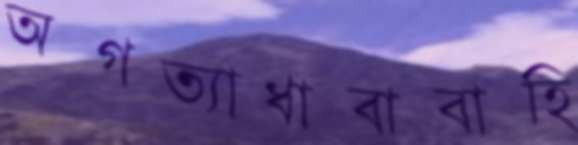
অগত্যাধাবাবাহি